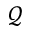
\mathcal { Q }